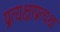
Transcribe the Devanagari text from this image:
प्रत्यक्षाप्रत्यक्ष